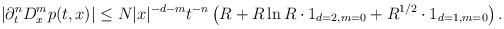
LaTeX: \begin{align*} |\partial_{t}^{n}D_{x}^{m}p(t,x)| \leq N |x|^{-d-m}t^{-n} \left(R +R \ln R \cdot 1_{d=2,m=0}+ R^{1/2} \cdot 1_{d=1,m=0}\right).\end{align*}